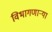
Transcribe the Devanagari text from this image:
विभागणाऱ्या